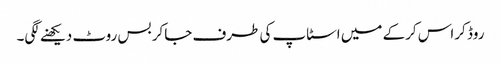
روڈ کراس کرکے میں اسٹاپ کی طرف جاکر بس روٹ دیکھنے لگی۔